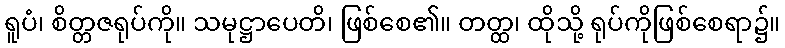
ရူပံ၊ စိတ္တဇရုပ်ကို။ သမုဋ္ဌာပေတိ၊ ဖြစ်စေ၏။ တတ္ထ၊ ထိုသို့ ရုပ်ကိုဖြစ်စေရာ၌။